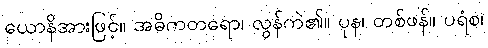
ယောနိအားဖြင့်။ အဓိကတရော၊ လွန်ကဲ၏။ ပုန၊ တစ်ဖန်။ ပရံစ၊